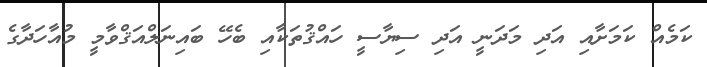
ކަމެއް ކަމަށާއި އަދި މަދަނީ އަދި ސިޔާސީ ހައްޤުތަކާއި ބެހޭ ބައިނަލްއަޤްވާމީ މުއާހަދާގެ